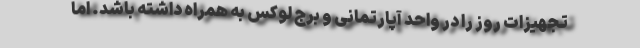
تجهیزات روز را در واحد آپارتمانی و برج لوکس به همراه داشته باشد. اما